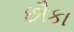
છૌકા